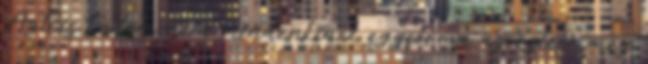
Azt is tudom nem mindenkinek egyforma az í­zlése még